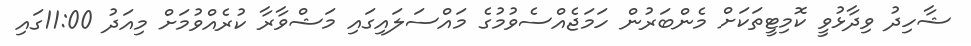
ޝާހިދު ވިދާޅުވީ ކޮމިޓީތަކަށް މެންބަރުން ހަމަޖެއްސެވުމުގެ މައްސަލައިގައި މަޝްވާރާ ކުރެއްވުމަށް މިއަދު 11:00ގައި